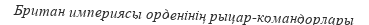
Британ империясы орденінің рыцар-командорлары